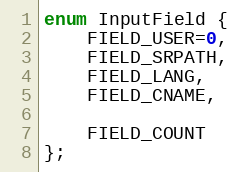
Language: C
enum InputField {
    FIELD_USER=0,
    FIELD_SRPATH,
    FIELD_LANG,
    FIELD_CNAME,

    FIELD_COUNT
};